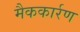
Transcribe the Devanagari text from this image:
मैककार्रण